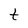
Character: t